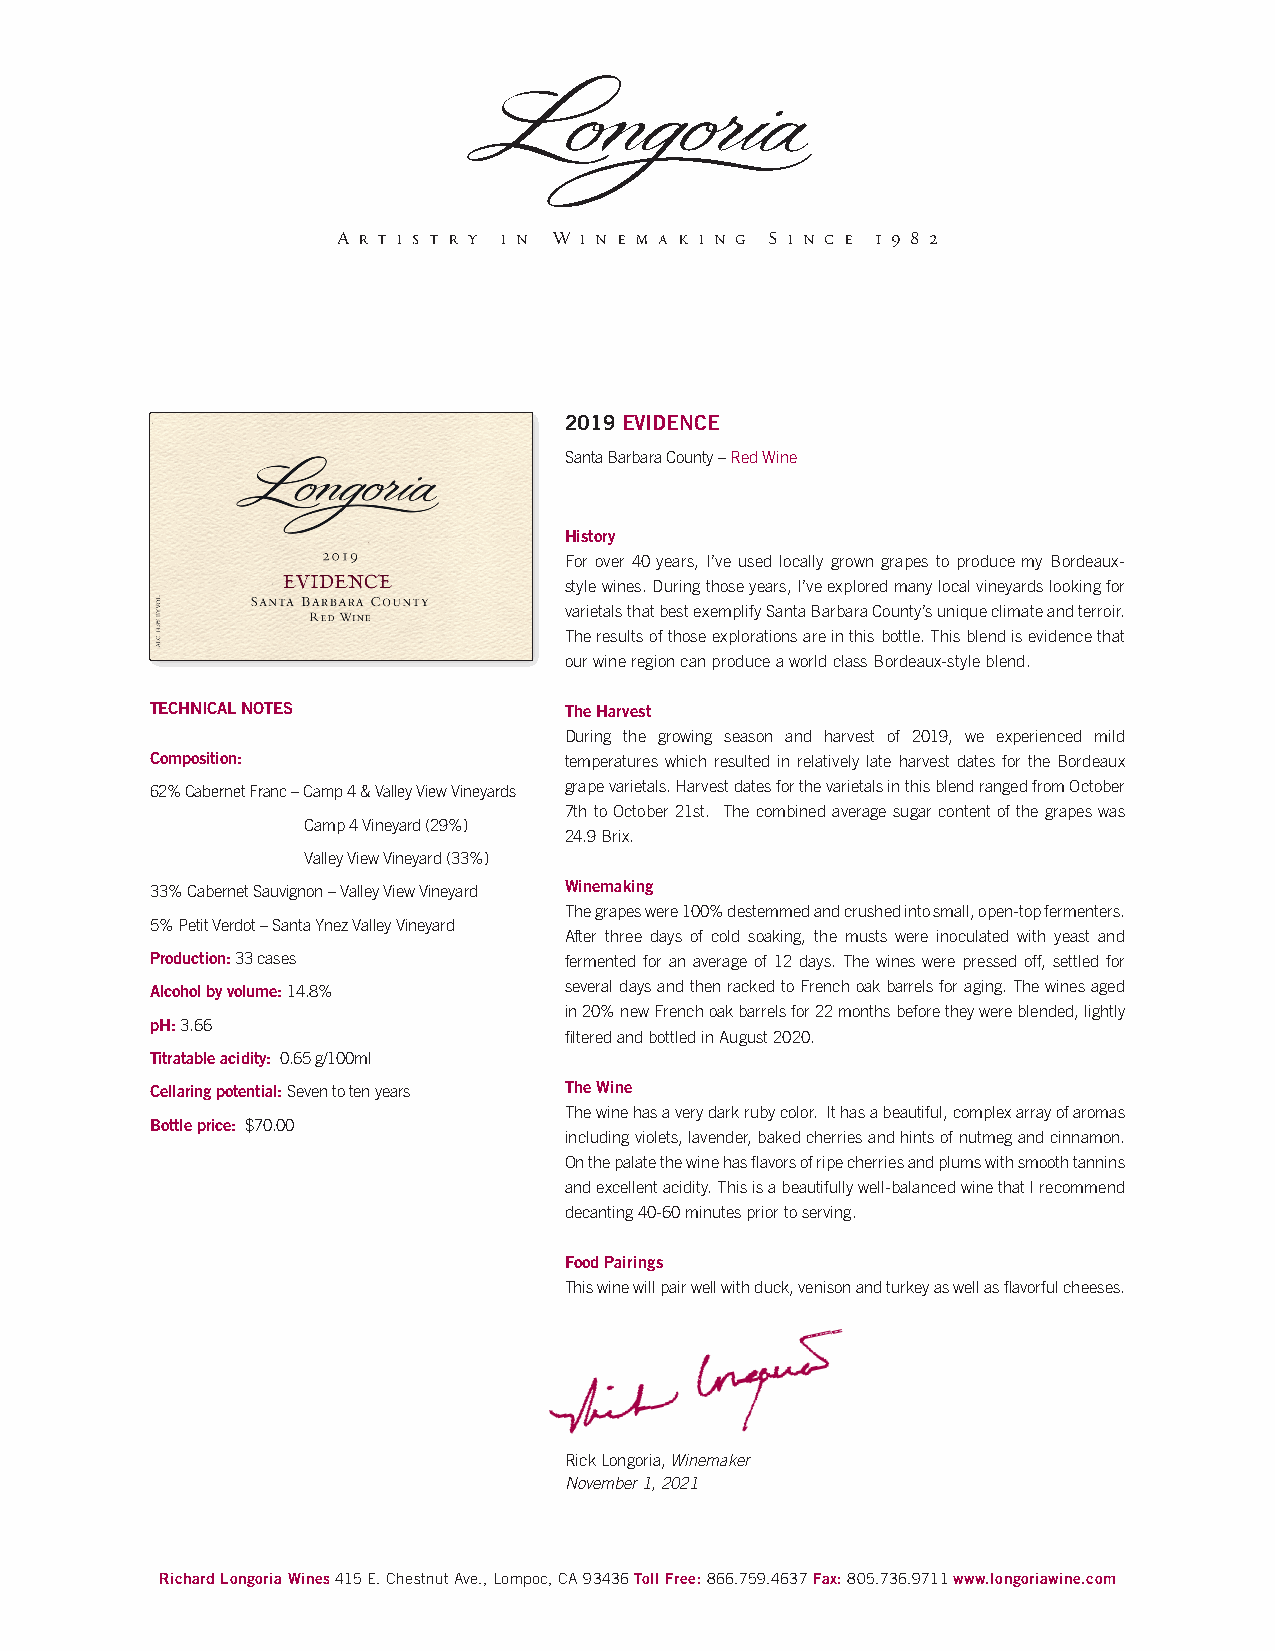
A r t i s t r y i n W i n e m a k i n g S i n c e 1 9 8 2
 2019 EVIDENCE
 Santa Barbara County – Red Wine
 History
 For over 40 years, I’ve used locally grown grapes to produce my Bordeaux-
 style wines. During those years, I’ve explored many local vineyards looking for
 varietals that best exemplify Santa Barbara County’s unique climate and terroir.
 The results of those explorations are in this bottle. This blend is evidence that
 our wine region can produce a world class Bordeaux-style blend.
 TECHNICAL NOTES            The Harvest
 During the growing season and harvest of 2019, we experienced mild
 Composition:               temperatures which resulted in relatively late harvest dates for the Bordeaux
 62% Cabernet Franc – Camp 4 & Valley View Vineyards grape varietals. Harvest dates for the varietals in this blend ranged from October
 7th to October 21st. The combined average sugar content of the grapes was
 Camp 4 Vineyard (29%)
 24.9 Brix.
 Valley View Vineyard (33%)
 33% Cabernet Sauvignon – Valley View Vineyard Winemaking
 The grapes were 100% destemmed and crushed into small, open-top fermenters.
 5% Petit Verdot – Santa Ynez Valley Vineyard
 After three days of cold soaking, the musts were inoculated with yeast and
 Production: 33 cases       fermented for an average of 12 days. The wines were pressed off, settled for
 Alcohol by volume: 14.8%   several days and then racked to French oak barrels for aging. The wines aged
 in 20% new French oak barrels for 22 months before they were blended, lightly
 pH: 3.66
 filtered and bottled in August 2020.
 Titratable acidity: 0.65 g/100ml
 Cellaring potential: Seven to ten years The Wine
 The wine has a very dark ruby color. It has a beautiful, complex array of aromas
 Bottle price: $70.00
 including violets, lavender, baked cherries and hints of nutmeg and cinnamon.
 On the palate the wine has flavors of ripe cherries and plums with smooth tannins
 and excellent acidity. This is a beautifully well-balanced wine that I recommend
 decanting 40-60 minutes prior to serving.
 Food Pairings
 This wine will pair well with duck, venison and turkey as well as flavorful cheeses.
 Rick Longoria, Winemaker
 November 1, 2021
 Richard Longoria Wines 415 E. Chestnut Ave., Lompoc, CA 93436 Toll Free: 866.759.4637 Fax: 805.736.9711 www.longoriawine.com